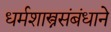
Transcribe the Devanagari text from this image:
धर्मशास्त्रसंबंधाने